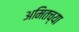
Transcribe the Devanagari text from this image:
अमितच्या